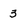
Character: 3